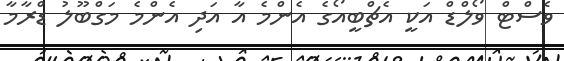
ވެސްޓް ވޯލްޑް އަކީ އެޗްބީއޯގެ އެންމެ އާ އަދި އެންމެ މަގްބޫލު ޑްރާމާ